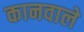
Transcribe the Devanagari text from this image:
कानवाले